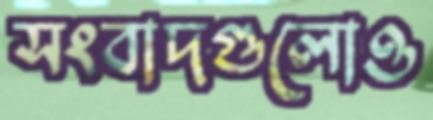
সংবাদগুলোও